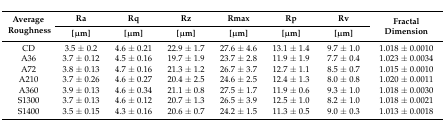
| <ROWSPAN=2> Average Roughness | Ra | Rq | Rz | Rmax | Rp | Rv | <ROWSPAN=2> Fractal Dimension |
 | [μm] | [μm] | [μm] | [μm] | [μm] | [μm] |
 | --- | --- | --- | --- | --- | --- | --- | --- |
 | CD | 3.5 ± 0.2 | 4.6 ± 0.21 | 22.9 ± 1.7 | 27.6 ± 4.6 | 13.1 ± 1.4 | 9.7 ± 1.0 | 1.018 ± 0.0010 |
 | A36 | 3.7 ± 0.12 | 4.5 ± 0.16 | 19.7 ± 1.9 | 23.7 ± 2.8 | 11.9 ± 1.9 | 7.7 ± 0.4 | 1.023 ± 0.0034 |
 | A72 | 3.8 ± 0.13 | 4.7 ± 0.16 | 21.3 ± 1.2 | 26.7 ± 3.7 | 12.7 ± 1.1 | 8.5 ± 0.7 | 1.015 ± 0.0010 |
 | A210 | 3.7 ± 0.26 | 4.6 ± 0.27 | 20.4 ± 2.5 | 24.6 ± 2.5 | 12.4 ± 1.3 | 8.0 ± 0.8 | 1.020 ± 0.0011 |
 | A360 | 3.9 ± 0.13 | 4.6 ± 0.34 | 21.1 ± 0.8 | 27.5 ± 1.7 | 11.9 ± 0.6 | 9.3 ± 1.0 | 1.018 ± 0.0030 |
 | S1300 | 3.7 ± 0.13 | 4.6 ± 0.12 | 20.7 ± 1.3 | 26.5 ± 3.9 | 12.5 ± 1.0 | 8.2 ± 1.0 | 1.018 ± 0.0021 |
 | S1400 | 3.5 ± 0.15 | 4.3 ± 0.16 | 20.6 ± 0.7 | 24.2 ± 1.5 | 11.3 ± 0.5 | 9.0 ± 0.3 | 1.013 ± 0.0018 |